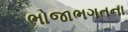
ભોજાભગતના